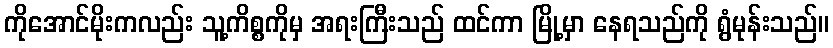
ကိုအောင်မိုးကလည်း သူ့ကိစ္စကိုမှ အရးကြီးသည် ထင်ကာ မြို့မှာ နေရသည်ကို ရွံမုန်းသည်။